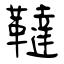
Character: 韃